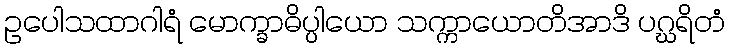
ဥပေါသထာဂါရံ မောက္ခာဓိပ္ပါယော သက္ကာယောတိအာဒိ ပဂ္ဃရိတံ